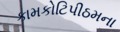
કામકોટિપીઠમના